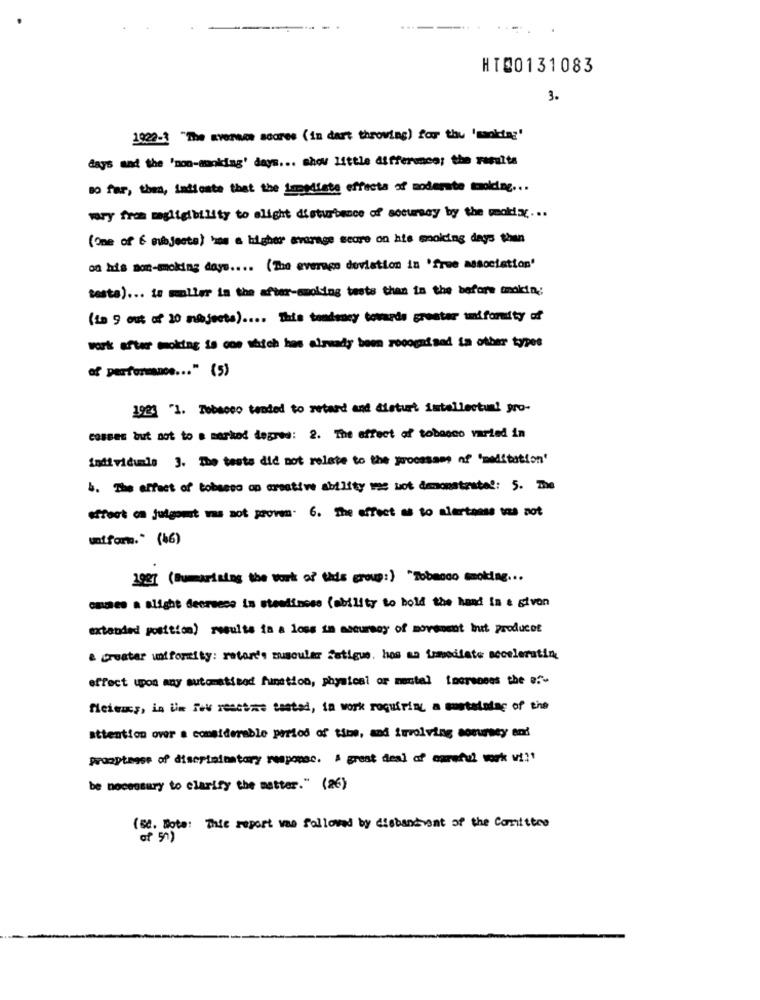
HI00131083
3.
1922-3 "The svenwwe scares (in dart throwing) for thu 'saoktag'
days and the 'non-manking' days ... show little difference: the results
so far, then, indicate that the immediate effecta of modernte troking ...
vary from myligibility to alight disturbance of socursay by the peakx ;...
(One of & subjects) hem a higher average weare on hits molding days than
on his mom-moking days .... (The average deviation in 'free association'
testa) ... is moller in the after-smoking tests than in the before amokin;
(Lo 9 out of 30 majects) .... This tendency towards greater uniformity of
work after moking is one which has already been rocogadand in other types
of performance ... " (5)
1923 "1. Tobacco tended to retard and Cisturt intellectual pro-
COBBEE but not to a markod degrea: 2. The effect of tobacco varied in
individuals 3. The tests did not relate to the groomsam of "meditation'
b. The effect of tobacco os creative ability was not demonstrubel: 5. The
effect on julgomit was not proven. 6. The effect as to alertonss was not
uniform. " (16)
19E] (Sumarizing the work of this group:) "Zobanco cooking ...
awaes a slight decrease is steadiness (ability to hold the hand in a stvon
extended position) results ia a loss in accuracy of movement but producet
A Greater uniformity: retan's muscular fatigue, has no immediate accelerating
effect upon any automatiend function, physical or mentel inerennes the ef-
fleimus, in Ulm few resetmie tasted, in work roquiring a sustaining of the
attention over a considerable period of time, and involving accuracy and
promptingse of discriminatory response. A great deal of careful work wi !!
be nocentury to clarify the matter." (26)
( se. Note: This report was followed by diebandment of the Comittee
of 57 )